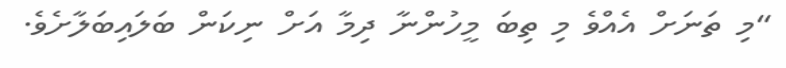
"މި ތަނަށް އެއްވެ މި ތިބަ މީހުންނާ ދިމާ އަށް ނިކަން ބަލައިބަލާށެވެ.